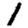
Digit: 1